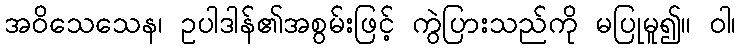
အဝိသေသေန၊ ဥပါဒါန်၏အစွမ်းဖြင့် ကွဲပြားသည်ကို မပြုမူ၍။ ဝါ၊